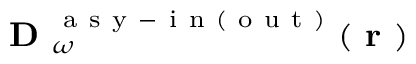
\textbf { D } _ { \omega } ^ { \mathrm { ~ a ~ s ~ y ~ - ~ i ~ n ~ ( ~ o ~ u ~ t ~ ) ~ } } ( \textbf { r } )